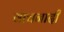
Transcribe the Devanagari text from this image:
वाचनादी